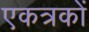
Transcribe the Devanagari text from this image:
एकत्रकों